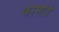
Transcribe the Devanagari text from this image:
कामांडे